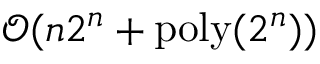
\mathcal { O } ( n 2 ^ { n } + \mathrm { p o l y } ( 2 ^ { n } ) )